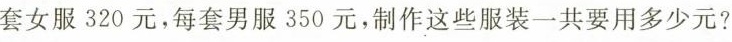
套女服320元，每套男服350元，制作这些服装一共要用多少元?